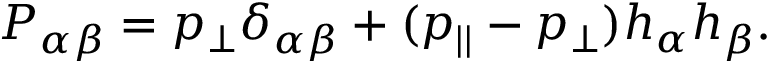
P _ { \alpha \beta } = p _ { \perp } \delta _ { \alpha \beta } + ( p _ { | | } - p _ { \perp } ) h _ { \alpha } h _ { \beta } .